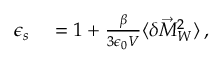
\begin{array} { r l } { \epsilon _ { s } } & { { } = 1 + \frac { \beta } { 3 \epsilon _ { 0 } V } \langle \delta \vec { M } _ { W } ^ { 2 } \rangle \, , } \end{array}